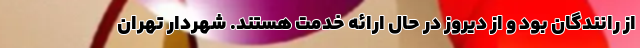
از رانندگان بود و از دیروز در حال ارائه خدمت هستند. شهردار تهران